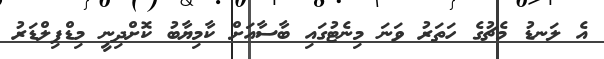
އެ ލަނޑު މެޗުގެ ހަތަރު ވަނަ މިނެޓުގައި ބާސާއަށް ކާމިޔާބު ކޮށްދިނީ މިޑްފިލްޑަރު